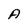
Character: A